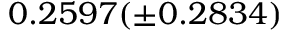
0 . 2 5 9 7 ( \pm 0 . 2 8 3 4 )